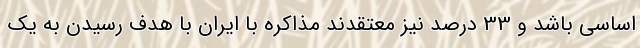
اساسی باشد و 33 درصد نیز معتقدند مذاکره با ایران با هدف رسیدن به یک